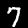
Digit: 7